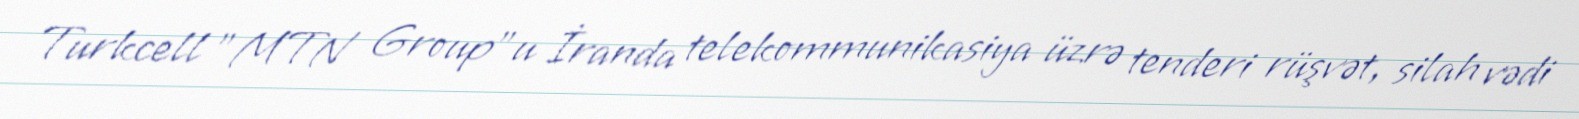
Turkcell "MTN Group"u İranda telekommunikasiya üzrə tenderi rüşvət, silah vədi